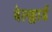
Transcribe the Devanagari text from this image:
बेल्क्लार्ड